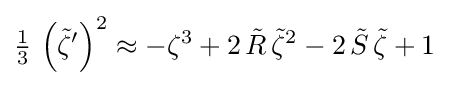
{\tfrac {1}{3}}\,\left({\tilde {\zeta }}'\right)^{2}\approx -\zeta ^{3}+2\,{\tilde {R}}\,{\tilde {\zeta }}^{2}-2\,{\tilde {S}}\,{\tilde {\zeta }}+1